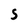
Character: S